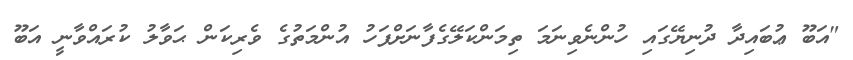
"އަބޫ ޢުބައިދާ ދުނިޔޭގައި ހުންނެވިނަމަ ތިމަންކަލޭގެފާނަށްފަހު އުންމަތުގެ ވެރިކަން ޙަވާލު ކުރައްވާނީ އަބޫ